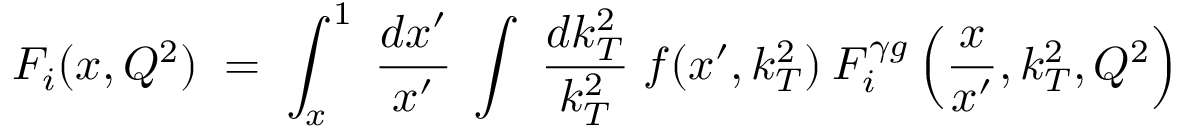
F _ { i } ( x , Q ^ { 2 } ) \; = \; \int _ { x } ^ { 1 } \; \frac { d x ^ { \prime } } { x ^ { \prime } } \; \int \; \frac { d k _ { T } ^ { 2 } } { k _ { T } ^ { 2 } } \; f ( x ^ { \prime } , k _ { T } ^ { 2 } ) \: F _ { i } ^ { \gamma g } \left( \frac { x } { x ^ { \prime } } , k _ { T } ^ { 2 } , Q ^ { 2 } \right)